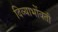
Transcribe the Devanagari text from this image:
दिव्याभोंवती